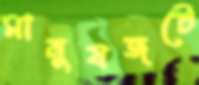
মানুষজটে